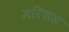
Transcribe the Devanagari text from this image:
मरिशस